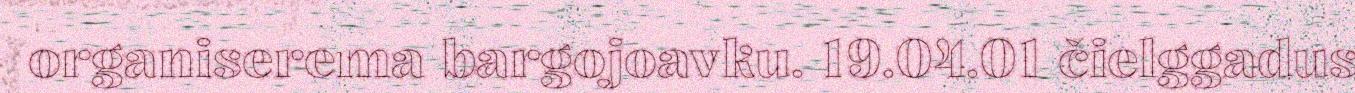
organiserema bargojoavku. 19.04.01 čielggadus